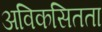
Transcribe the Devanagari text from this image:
अविकसितता